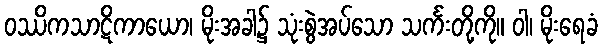
ဝဿိကသာဋိကာယော၊ မိုးအခါ၌ သုံးစွဲအပ်သော သင်္ကးတို့ကို။ ဝါ၊ မိုးရေခံ